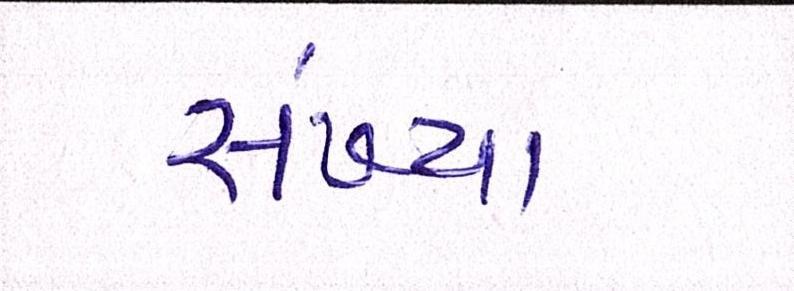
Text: સંખ્યાં